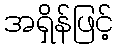
အရှိန်ဖြင့်